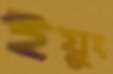
ইয়ুং